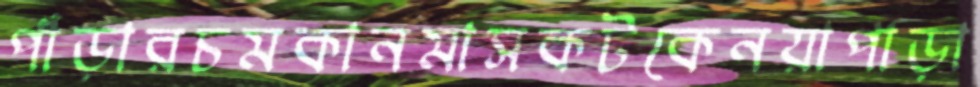
পাঁড়ারচমকানমাসকটকেনয়াপাড়া